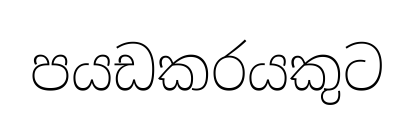
පයඩකරයකුට